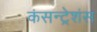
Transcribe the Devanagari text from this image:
कंसन्ट्रेशंस